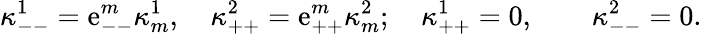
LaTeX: \kappa_{--}^{1}=\mathrm{e}_{--}^{m}\kappa_{m}^{1},\quad\kappa_{++}^{2}=\mathrm{e}_{++}^{m}\kappa_{m}^{2};\quad\kappa_{++}^{1}=0,\quad\quad\kappa_{--}^{2}=0.